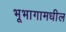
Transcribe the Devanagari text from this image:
भूभागामधील